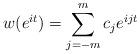
LaTeX: \begin{align*}w(e^{it})=\sum_{j=-m}^m c_j e^{ijt}\end{align*}